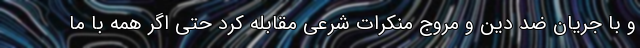
و با جریان ضد دین و مروج منکرات شرعی مقابله کرد حتی اگر همه با ما